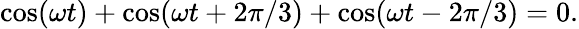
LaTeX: \cos(\omega t)+\cos(\omega t+2\pi/3)+\cos(\omega t-2\pi/3)=0.